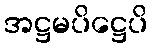
အဋ္ဌမပိဋ္ဌေပိ